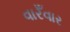
વારઁવાર